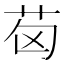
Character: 𦭪